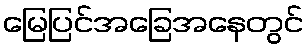
မြေပြင်အခြေအနေတွင်